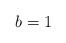
LaTeX: \begin{align*}b=1 \end{align*}